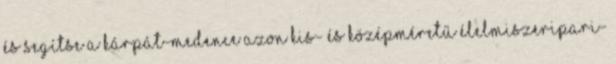
és segítse a Kárpát-medence azon kis- és középméretű élelmiszeripari-